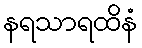
နရသာရထိနံ